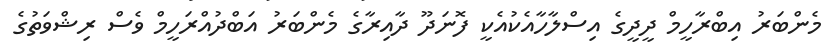
މެންބަރު އިބްރާހީމް ދީދީގެ އިސްލާހާއެކުއެކީ ފޮނަދޫ ދާއިރާގެ މެންބަރު އަބްދުއްރަހީމް ވެސް ރިޝްވަތުގެ